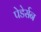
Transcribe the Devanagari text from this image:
पेडेर्सन